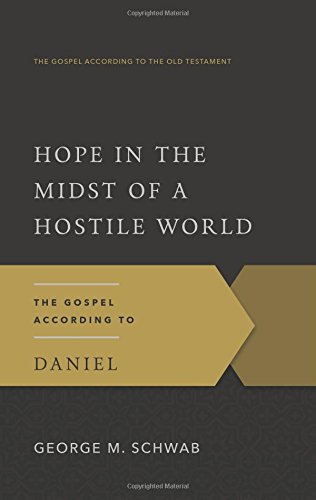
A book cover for Hope in the Midst of a Hostile World: The Gospel According to Daniel (The Gospel According to the Old Testament); George M. Schwab; Christian Books & Bibles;